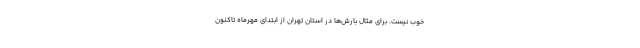
خوب نیست. برای مثال بارش‌ها در استان تهران از ابتدای مهرماه تاکنون